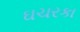
ઘચરકા